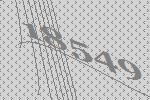
18549